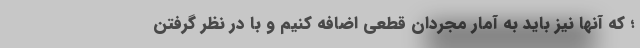
؛ که آنها نیز باید به آمار مجردان قطعی اضافه کنیم و با در نظر گرفتن